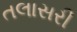
તલાસરી